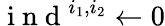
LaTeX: \mathrm{~i~n~d~}^{i_{1},i_{2}}\gets 0